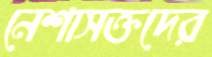
নেশাসক্তদের